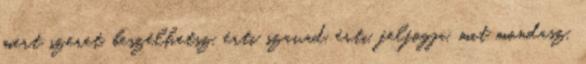
mert szeret, beszélhetsz, érti szavad, érti, felfogja, mit mondasz,